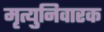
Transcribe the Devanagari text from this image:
मृत्युनिवारक